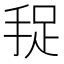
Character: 𱟻